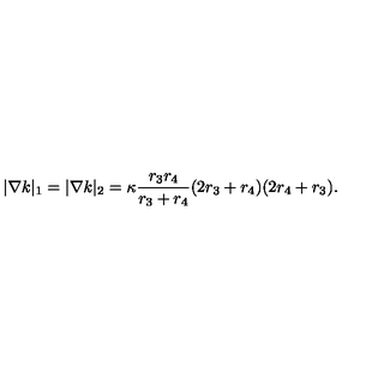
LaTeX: | \nabla k | _ { 1 } = | \nabla k | _ { 2 } = \kappa \frac { r _ { 3 } r _ { 4 } } { r _ { 3 } + r _ { 4 } } ( 2 r _ { 3 } + r _ { 4 } ) ( 2 r _ { 4 } + r _ { 3 } ) .